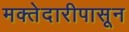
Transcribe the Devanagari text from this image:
मक्तेदारीपासून